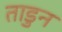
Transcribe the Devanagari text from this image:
ताडुन